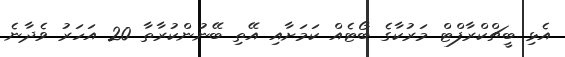
އެޅި ބީޗްކްރާފްޓް މަރުކާގެ ބޯޓެއް ކަމަށާއި އޭތި ބޭނުންކުރާތާ 20 އަހަރު ވެދާނެ